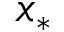
x _ { * }